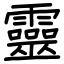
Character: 靈